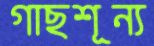
গাছশূন্য